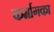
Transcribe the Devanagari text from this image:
कर्मागका